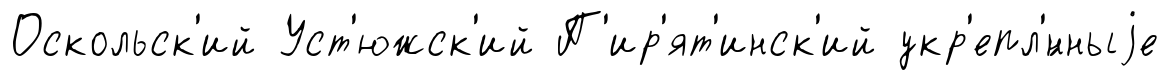
Оскольск'ий Уст'южск'ий П'ир'ят'инск'ий укр'епл'́нныjе